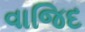
વાજિદ